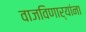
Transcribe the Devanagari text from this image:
वाजविणार्‍यांना